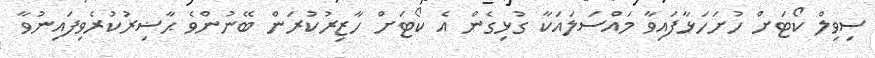
ސިވިލް ކޯޓަށް ހުށަހަޅާފައިވާ މައްސަލައަކާ ގުޅިގެން އެ ކޯޓަށް ހާޒިރުކުރަން ބޭނުންވެ ޙާޟިރުކުރެވިފައިނުވާ